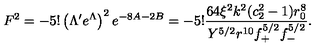
F ^ { 2 } = - 5 ! \left( \Lambda ^ { \prime } e ^ { \Lambda } \right) ^ { 2 } e ^ { - 8 A - 2 B } = - 5 ! \frac { 6 4 \xi ^ { 2 } k ^ { 2 } ( c _ { 2 } ^ { 2 } - 1 ) r _ { 0 } ^ { 8 } } { Y ^ { 5 / 2 } r ^ { 1 0 } f _ { + } ^ { 5 / 2 } f _ { - } ^ { 5 / 2 } } .